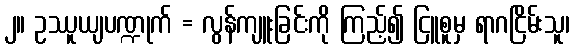
၂။ ဥဿူယျပဏ္ဍုက် = လွန်ကျူးခြင်းကို ကြည့်၍ ငြူစူမှ ရာဂငြိမ်းသူ၊